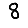
Digit: 8